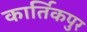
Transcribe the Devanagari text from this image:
कार्तिकपुर